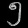
Digit: ၅